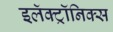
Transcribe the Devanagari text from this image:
इलॅक्ट्रॉनिक्स